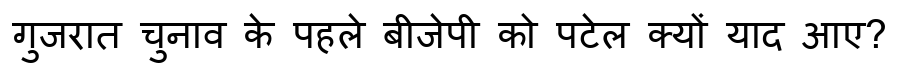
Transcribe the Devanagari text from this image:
गुजरात चुनाव के पहले बीजेपी को पटेल क्यों याद आए?